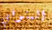
المتوفي